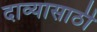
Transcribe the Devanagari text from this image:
दाव्यासाठी